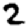
Digit: 2